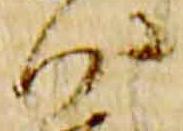
沙